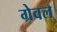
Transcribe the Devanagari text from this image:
ग्रेवल